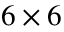
6 \times 6